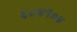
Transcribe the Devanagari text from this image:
६८४९०४